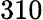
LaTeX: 310